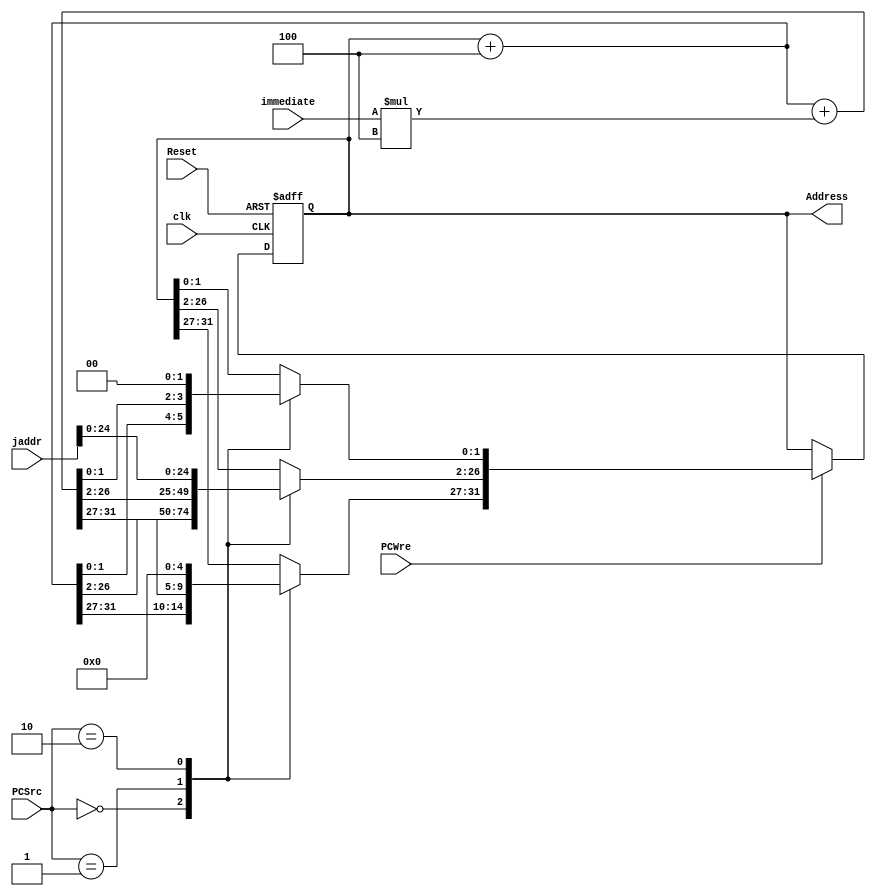
`timescale 1ns / 1ps
//////////////////////////////////////////////////////////////////////////////////
// Company: 
// Engineer: 
// 
// Design Name: 
// Module Name: PC
// Project Name: 
// Target Devices: 
// Tool Versions: 
// Description: 
// 
// Dependencies: 
// 
// Revision:
// Revision 0.01 - File Created
// Additional Comments:
// 
//////////////////////////////////////////////////////////////////////////////////


module PC(clk, Reset, PCWre, PCSrc, immediate, Address, jaddr);  
    input clk, Reset, PCWre;  
    input [1:0] PCSrc;
     input [31:0] immediate; 
     input [25:0] jaddr; 
     output [31:0] Address;  
     reg [31:0] Address;  
       
     /*initial begin  
         Address = 0;  
     end*/  
       
     always @(posedge clk or negedge Reset)  
         begin  
              if (Reset == 0) begin  
                    Address = 0;  
                end  
                else if (PCWre) begin  
                    case(PCSrc)
                                2'b00: begin
                                    Address = Address + 4;
                                end
                                2'b01: begin
                                    Address = Address + 4 + immediate*4;
                                end
                                2'b10: begin
                                    Address[27:2] = jaddr;
                                    Address[31:27] = 6'b000000;
                                    Address[1:0] = 2'b00;
                                end
                       endcase  
                end  
          end  
  
endmodule